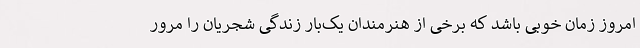
امروز زمان خوبی باشد که برخی از هنرمندان یک‌بار زندگی شجریان را مرور